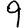
Digit: 9